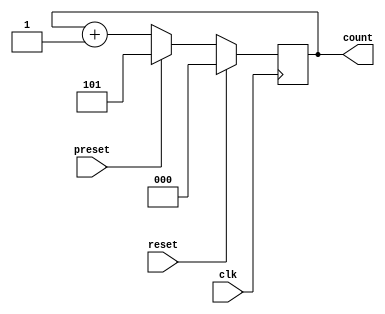
module binary_counter(
    input clk,
    input reset,
    input preset,
    output reg[2:0] count
);

always @(posedge clk) begin
    if(reset) begin
        count <= 0;
    end
    else if(preset) begin
        count <= 3'b101; // preset to 5 (101 in binary)
    end
    else begin
        count <= count + 1;
    end
end

endmodule